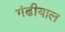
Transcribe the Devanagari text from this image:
गंढीयाल